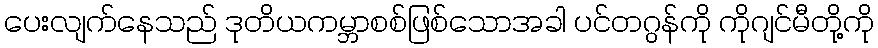
ပေးလျက်နေသည် ဒုတိယကမ္ဘာစစ်ဖြစ်သောအခါ ပင်တဂွန်ကို ကိုဂျင်မီတို့ကို